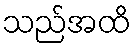
သည်အထိ